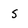
Character: s